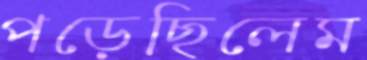
পড়েছিলেম